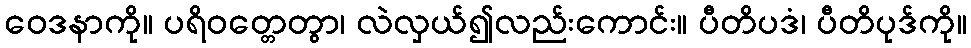
ဝေဒနာကို။ ပရိဝတ္တေတွာ၊ လဲလှယ်၍လည်းကောင်း။ ပီတိပဒံ၊ ပီတိပုဒ်ကို။